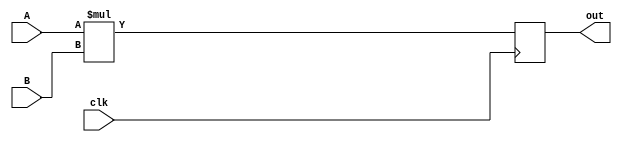
module multiplier(A, B, clk, out);

input [3:0] A;
input [3:0] B;
input clk;
output reg[3:0] out;

// reg[3:0] S;
// reg[3:0] R;

// reg[1:0] state = 2'b00;

// always @(posedge clk) begin

//     case (state)
//         2'b00: begin
//             R <= 4'b0;
//             S <= 4'b0;
//         end
//         2'b01: begin
//             R <= R + B;
//             S <= S + 1;
//         end
//         2'b11: out <= R;
//     endcase
//     state[0] <= 1;
//     state[1] <= (state[1] | (S < A));

// end

// Verilog allows you to do the following instead of the above:

always @(posedge clk)
begin
    out <= A * B;
end



endmodule